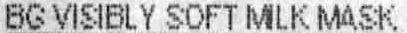
BG VISIBLY SOFT MILK MASK